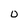
Character: 0